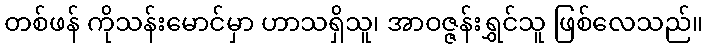
တစ်ဖန် ကိုသန်းမောင်မှာ ဟာသရှိသူ၊ အာဝဇ္ဇန်းရွှင်သူ ဖြစ်လေသည်။